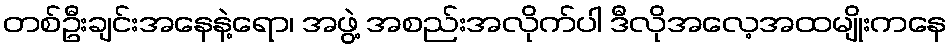
တစ်ဦးချင်းအနေနဲ့ရော၊ အဖွဲ့ အစည်းအလိုက်ပါ ဒီလိုအလေ့အထမျိုးကနေ